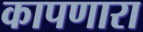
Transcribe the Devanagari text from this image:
कापणारा